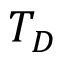
T _ { D }